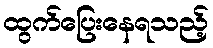
ထွက်ပြေးနေရသည့်